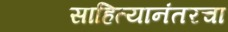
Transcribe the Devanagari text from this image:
साहित्यानंतरचा